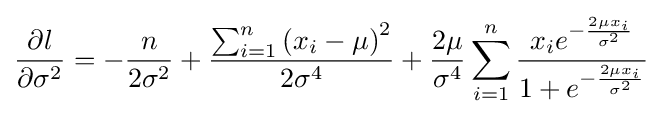
{\frac {\partial l}{\partial \sigma ^{2}}}=-{\frac {n}{2\sigma ^{2}}}+{\frac {\sum _{i=1}^{n}\left(x_{i}-\mu \right)^{2}}{2\sigma ^{4}}}+{\frac {2\mu }{\sigma ^{4}}}\sum _{i=1}^{n}{\frac {x_{i}e^{-{\frac {2\mu x_{i}}{\sigma ^{2}}}}}{1+e^{-{\frac {2\mu x_{i}}{\sigma ^{2}}}}}}